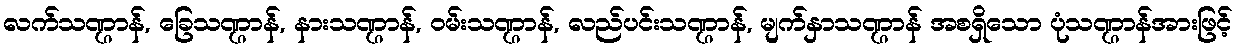
လက်သဏ္ဌာန်, ခြေသဏ္ဌာန်, နားသဏ္ဌာန်, ဝမ်းသဏ္ဌာန်, လည်ပင်းသဏ္ဌာန်, မျက်နှာသဏ္ဌာန် အစရှိသော ပုံသဏ္ဌာန်အားဖြင့်